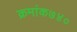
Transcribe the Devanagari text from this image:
क्रमांक७४०